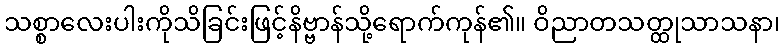
သစ္စာလေးပါးကိုသိခြင်းဖြင့်နိဗ္ဗာန်သို့ရောက်ကုန်၏။ ဝိညာတသတ္ထုသာသနာ၊